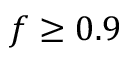
f \geq 0 . 9